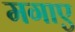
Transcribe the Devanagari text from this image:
मगाए